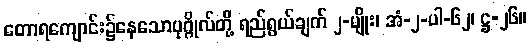
တောရကျောင်း၌နေသောပုဂ္ဂိုလ်တို့ ရည်ရွယ်ချက် ၂-မျိုး၊ အံ-၂-ပါ-၆၂၊ ဋ္ဌ-၂၆။